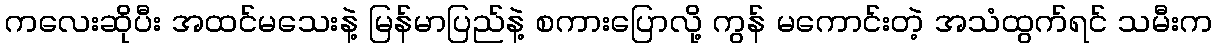
ကလေးဆိုပီး အထင်မသေးနဲ့ မြန်မာပြည်နဲ့ စကားပြောလို့ ကွန် မကောင်းတဲ့ အသံထွက်ရင် သမီးက